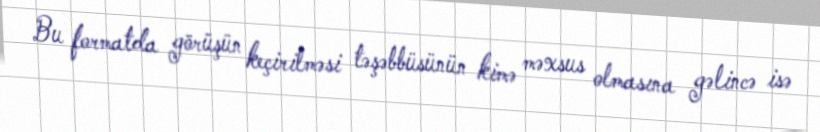
Bu formatda görüşün keçirilməsi təşəbbüsünün kimə məxsus olmasına gəlincə isə